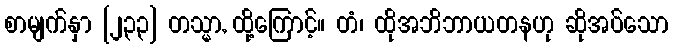
စာမျက်နှာ [၂၃၃] တသ္မာ, ထို့ကြောင့်။ တံ၊ ထိုအဘိဘာယတနဟု ဆိုအပ်သော